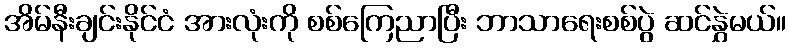
အိမ်နီးချင်းနိုင်ငံ အားလုံးကို စစ်ကြေညာပြီး ဘာသာရေးစစ်ပွဲ ဆင်နွှဲမယ်။